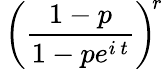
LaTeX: \, {\biggl(}{\frac{1-p}{1-pe^{i\, t}}}{\biggr)}^{\! r}